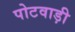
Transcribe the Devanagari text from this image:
पोटवाड़ी